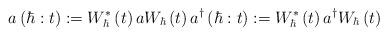
LaTeX: \begin{align*}a\left( \hbar:t\right) :=W_{\hbar}^{\ast}\left( t\right) aW_{\hbar}\left(t\right) a^{\dag}\left( \hbar:t\right) :=W_{\hbar}^{\ast}\left( t\right) a^{\dag}W_{\hbar}\left( t\right) \end{align*}